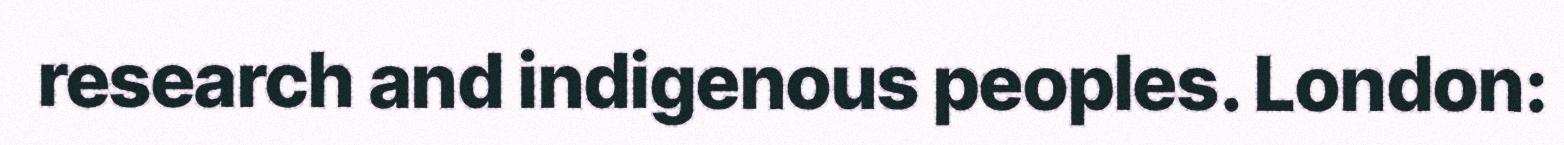
research and indigenous peoples. London: